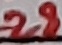
Text: 28